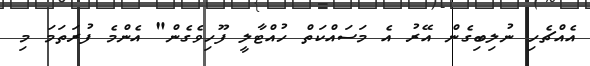
އެއްޗެހި ނުލިބިގެން އޭރު އެ މަސައްކަތް ހުއްޓާލީ ފޫހިވެގެން" އެންމެ ފުރަތަމަ މި